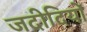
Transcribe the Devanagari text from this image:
जदीदियों